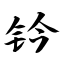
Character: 钤